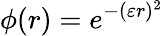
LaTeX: \phi(r)=e^{-(\varepsilon r)^{2}}